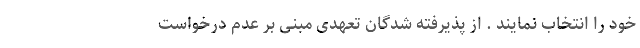
خود را انتخاب نمایند . از پذیرفته شدگان تعهدی مبنی بر عدم درخواست